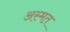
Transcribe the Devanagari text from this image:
अस्मत